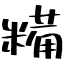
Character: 糒